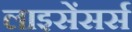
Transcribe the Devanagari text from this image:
लाइसेंसर्स